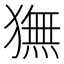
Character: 𬍇